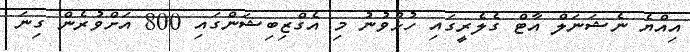
އިއްޔެ ނެޝަނަލް އާޓް ގެލެރީގައި ހުޅުވުނު މި އެގްޒިބިޝަންގައި 800 އަށްވުރެން ގިނަ